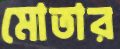
মোতার